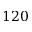
1 2 0